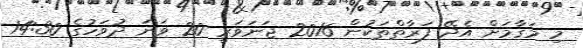
މި މަޤާމަށް އެދޭ ފަރާތްތަކުން 2016 ޖަނަވަރީ 20 ވަނަ ދުވަހުގެ 14:30